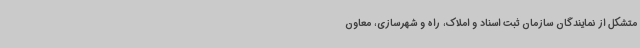
متشکل از نمایندگان سازمان ثبت اسناد و املاک، راه و شهرسازی، معاون